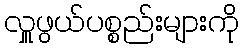
လှူဖွယ်ပစ္စည်းများကို